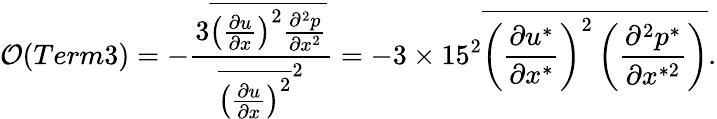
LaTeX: {\cal O}(Term3)=-\frac{3\overline{{\left(\frac{\partial u}{\partial x}\right)^{2}\frac{\partial^{2}p}{\partial x^{2}}}}}{\overline{{\left(\frac{\partial u}{\partial x}\right)^{2}}}^{2}}=-3\times 15^{2}\overline{{\left(\frac{\partial u^{*}}{\partial x^{*}}\right)^{2}\left(\frac{\partial^{2}p^{*}}{\partial x^{*2}}\right)}}.